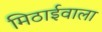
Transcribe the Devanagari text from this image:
मिठार्इवाला